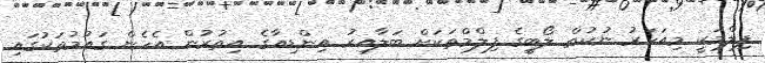
ފިލްމަކީ މިއަހަރު ނުކުތް ލޯބީގެ ފިލްމްތަކަށް ބަލާއިރު އިންޑިއާގެ އިތުރުން އެހެން ގައުމުތަކުގައި